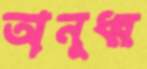
অনূধ্ব